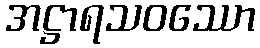
အဋ္ဌာရသဝဿော